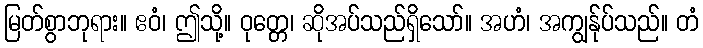
မြတ်စွာဘုရား။ ဧဝံ၊ ဤသို့။ ဝုတ္တေ၊ ဆိုအပ်သည်ရှိသော်။ အဟံ၊ အကျွန်ုပ်သည်။ တံ